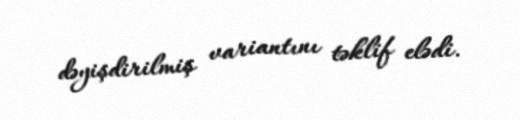
dəyişdirilmiş variantını təklif elədi.